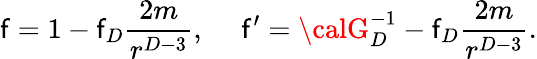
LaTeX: \mathsf{f}=1-\mathsf{f}_{D}{\frac{{2m}}{{r^{D-3}}}},\ \ \ \ \ \mathsf{f}^{\prime}={\calG}_{D}^{-1}-\mathsf{f}_{D}{\frac{{2m}}{{r^{D-3}}}}.